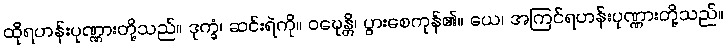
ထိုရဟန်းပုဏ္ဏားတို့သည်။ ဒုက္ခံ၊ ဆင်းရဲကို။ ဝဍ္ဎေန္တိ၊ ပွားစေကုန်၏။ ယေ၊ အကြင်ရဟန်းပုဏ္ဏားတို့သည်။